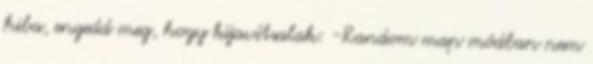
hiba, engedd meg, hogy kijavítsalak: -Random map módban nem